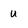
Character: u